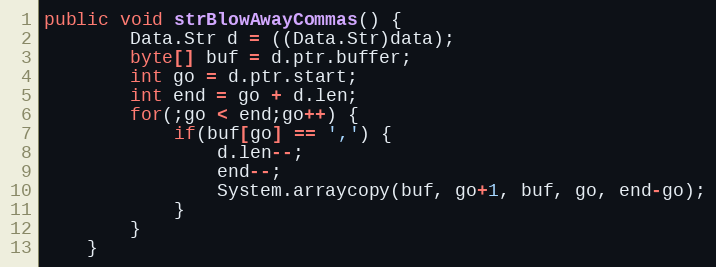
Language: Java
public void strBlowAwayCommas() {
        Data.Str d = ((Data.Str)data);
        byte[] buf = d.ptr.buffer;
        int go = d.ptr.start;
        int end = go + d.len;
        for(;go < end;go++) {
            if(buf[go] == ',') {
                d.len--;
                end--;
                System.arraycopy(buf, go+1, buf, go, end-go);
            }
        }
    }